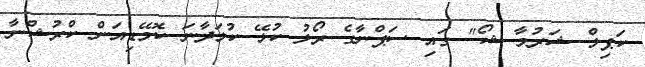
ކަޕިލް ޝަރުމާ ޝޯ" ގައި ސަޕްނާގެ ރޯލު ކުޅޭ ކުޅަދާނަ ކޮމޭޑިއަން ކްރުޝްނާ